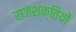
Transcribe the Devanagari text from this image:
राजशक्तियों